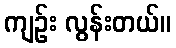
ကျဉ်း လွန်းတယ်။